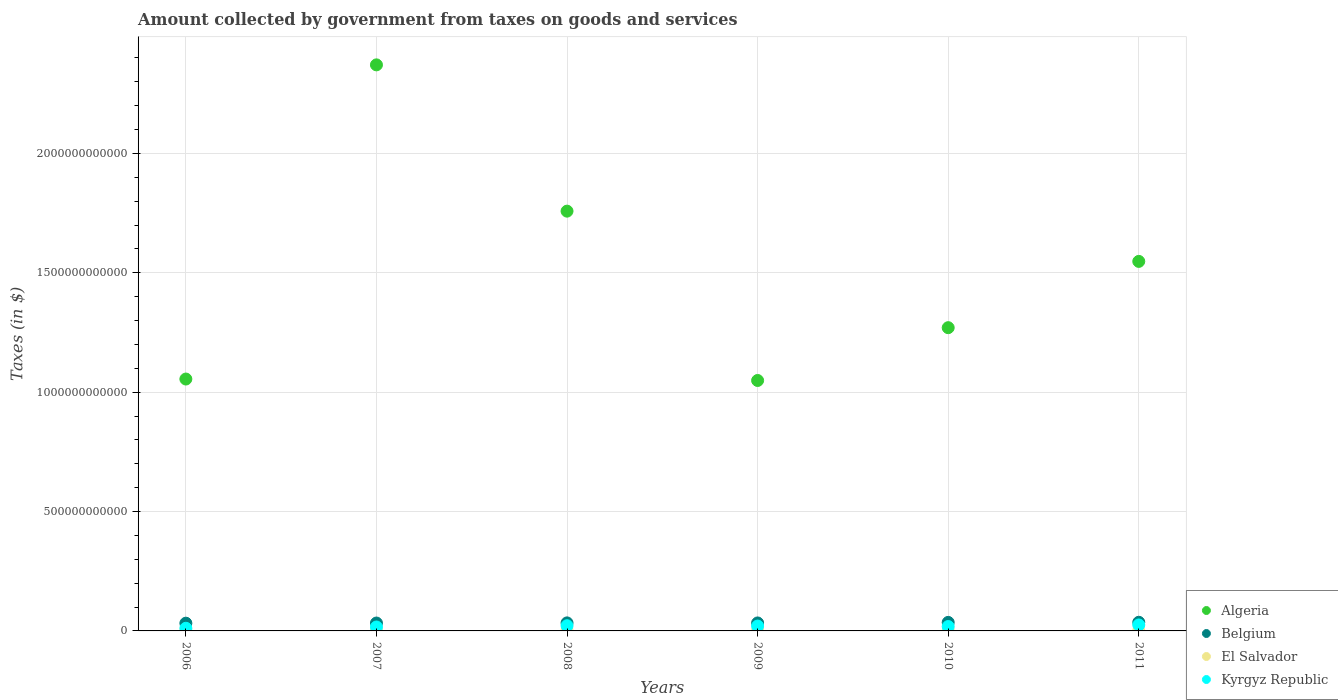
| Years | Algeria | Belgium | El Salvador | Kyrgyz Republic |
 | --- | --- | --- | --- | --- |
 | 2006 | 1.05e+12 | 3.24e+10 | 1.47e+09 | 1.11e+10 |
 | 2007 | 2.37e+12 | 3.31e+10 | 1.66e+09 | 1.64e+10 |
 | 2008 | 1.76e+12 | 3.36e+10 | 1.8e+09 | 2.18e+10 |
 | 2009 | 1.05e+12 | 3.34e+10 | 1.44e+09 | 2.04e+10 |
 | 2010 | 1.27e+12 | 3.57e+10 | 1.66e+09 | 1.84e+10 |
 | 2011 | 1.55e+12 | 3.62e+10 | 1.69e+09 | 2.5e+10 |